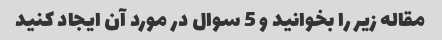
مقاله زیر را بخوانید و 5 سوال در مورد آن ایجاد کنید